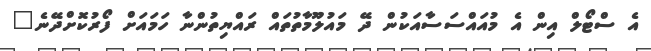
އެ ސްޓޯލް އިން އެ މުއައްސަސާއަކުން ދޭ މައުލޫމާތުތައް ރައްޔިތުންނާ ހަމައަށް ފޯރުކޮށްދޭނެ"